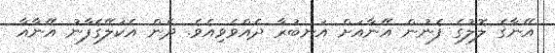
އޭނާގެ ލޮލުގެ ފެނުން އޭނާއަށް އަނބުރާ ދެއްވެވިއެވެ. ދެން އެކަލޭގެފާނު އޭނާއާ